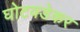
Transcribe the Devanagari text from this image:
घोटवडेकर